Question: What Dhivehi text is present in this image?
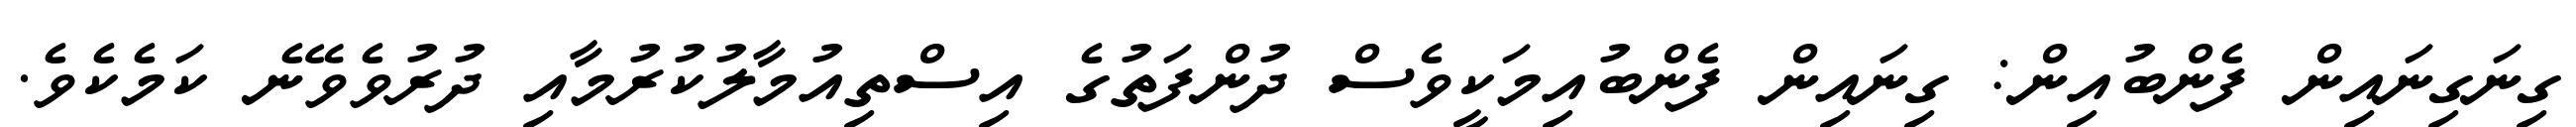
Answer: ގިނަގިނައިން ފެންބުއިން: ގިނައިން ފެންބުއިމަކީވެސް ދުންފަތުގެ އިސްތިއުމާލުކުރުމާއި ދުރުވެވޭނެ ކަމެކެވެ.